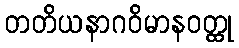
တတိယနာဂဝိမာနဝတ္ထု